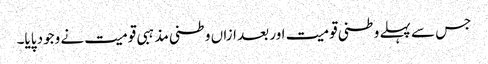
جس سے پہلے وطنی قومیت اور بعد ازاں وطنی مذہبی قومیت نے وجود پایا۔